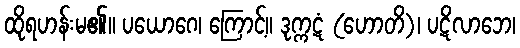
ထိုရဟန်းမ၏။ ပယောဂေ၊ ကြောင့်။ ဒုက္ကဋံ (ဟောတိ)၊ ပဋိလာဘေ၊